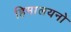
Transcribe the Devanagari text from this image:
हिमालयनो